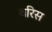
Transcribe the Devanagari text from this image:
वरिस